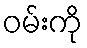
ဝမ်းကို